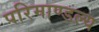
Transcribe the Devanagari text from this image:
परिमाण्डल्य